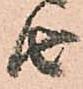
由